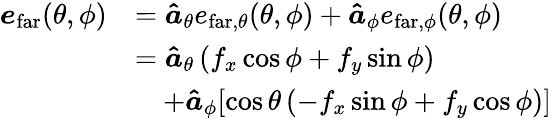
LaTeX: \begin{array}{rl}{\boldsymbol{e}_{\mathrm{far}}(\theta,\phi)}&{=\boldsymbol{\hat{a}}_{\theta}e_{\mathrm{far},\theta}(\theta,\phi)+\boldsymbol{\hat{a}}_{\phi}e_{\mathrm{far},\phi}(\theta,\phi)}\\ &{=\boldsymbol{\hat{a}}_{\theta}\left(f_{x}\cos\phi+f_{y}\sin\phi\right)}\\ &{\quad+\boldsymbol{\hat{a}}_{\phi}[\cos\theta\left(-f_{x}\sin\phi+f_{y}\cos\phi\right)]}\end{array}